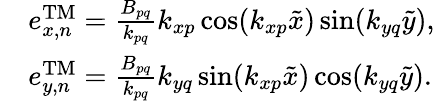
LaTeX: \begin{array}{rl}&{e_{x,n}^{\mathrm{TM}}=\frac{B_{pq}}{k_{pq}}k_{xp}\cos(k_{xp}\tilde{x})\sin(k_{yq}\tilde{y}),}\\ &{e_{y,n}^{\mathrm{TM}}=\frac{B_{pq}}{k_{pq}}k_{yq}\sin(k_{xp}\tilde{x})\cos(k_{yq}\tilde{y}).}\end{array}